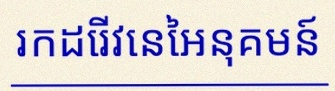
រកដេរីវេនៃអនុគមន៍